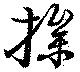
撡